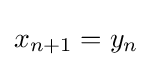
x_{n+1}=y_{n}